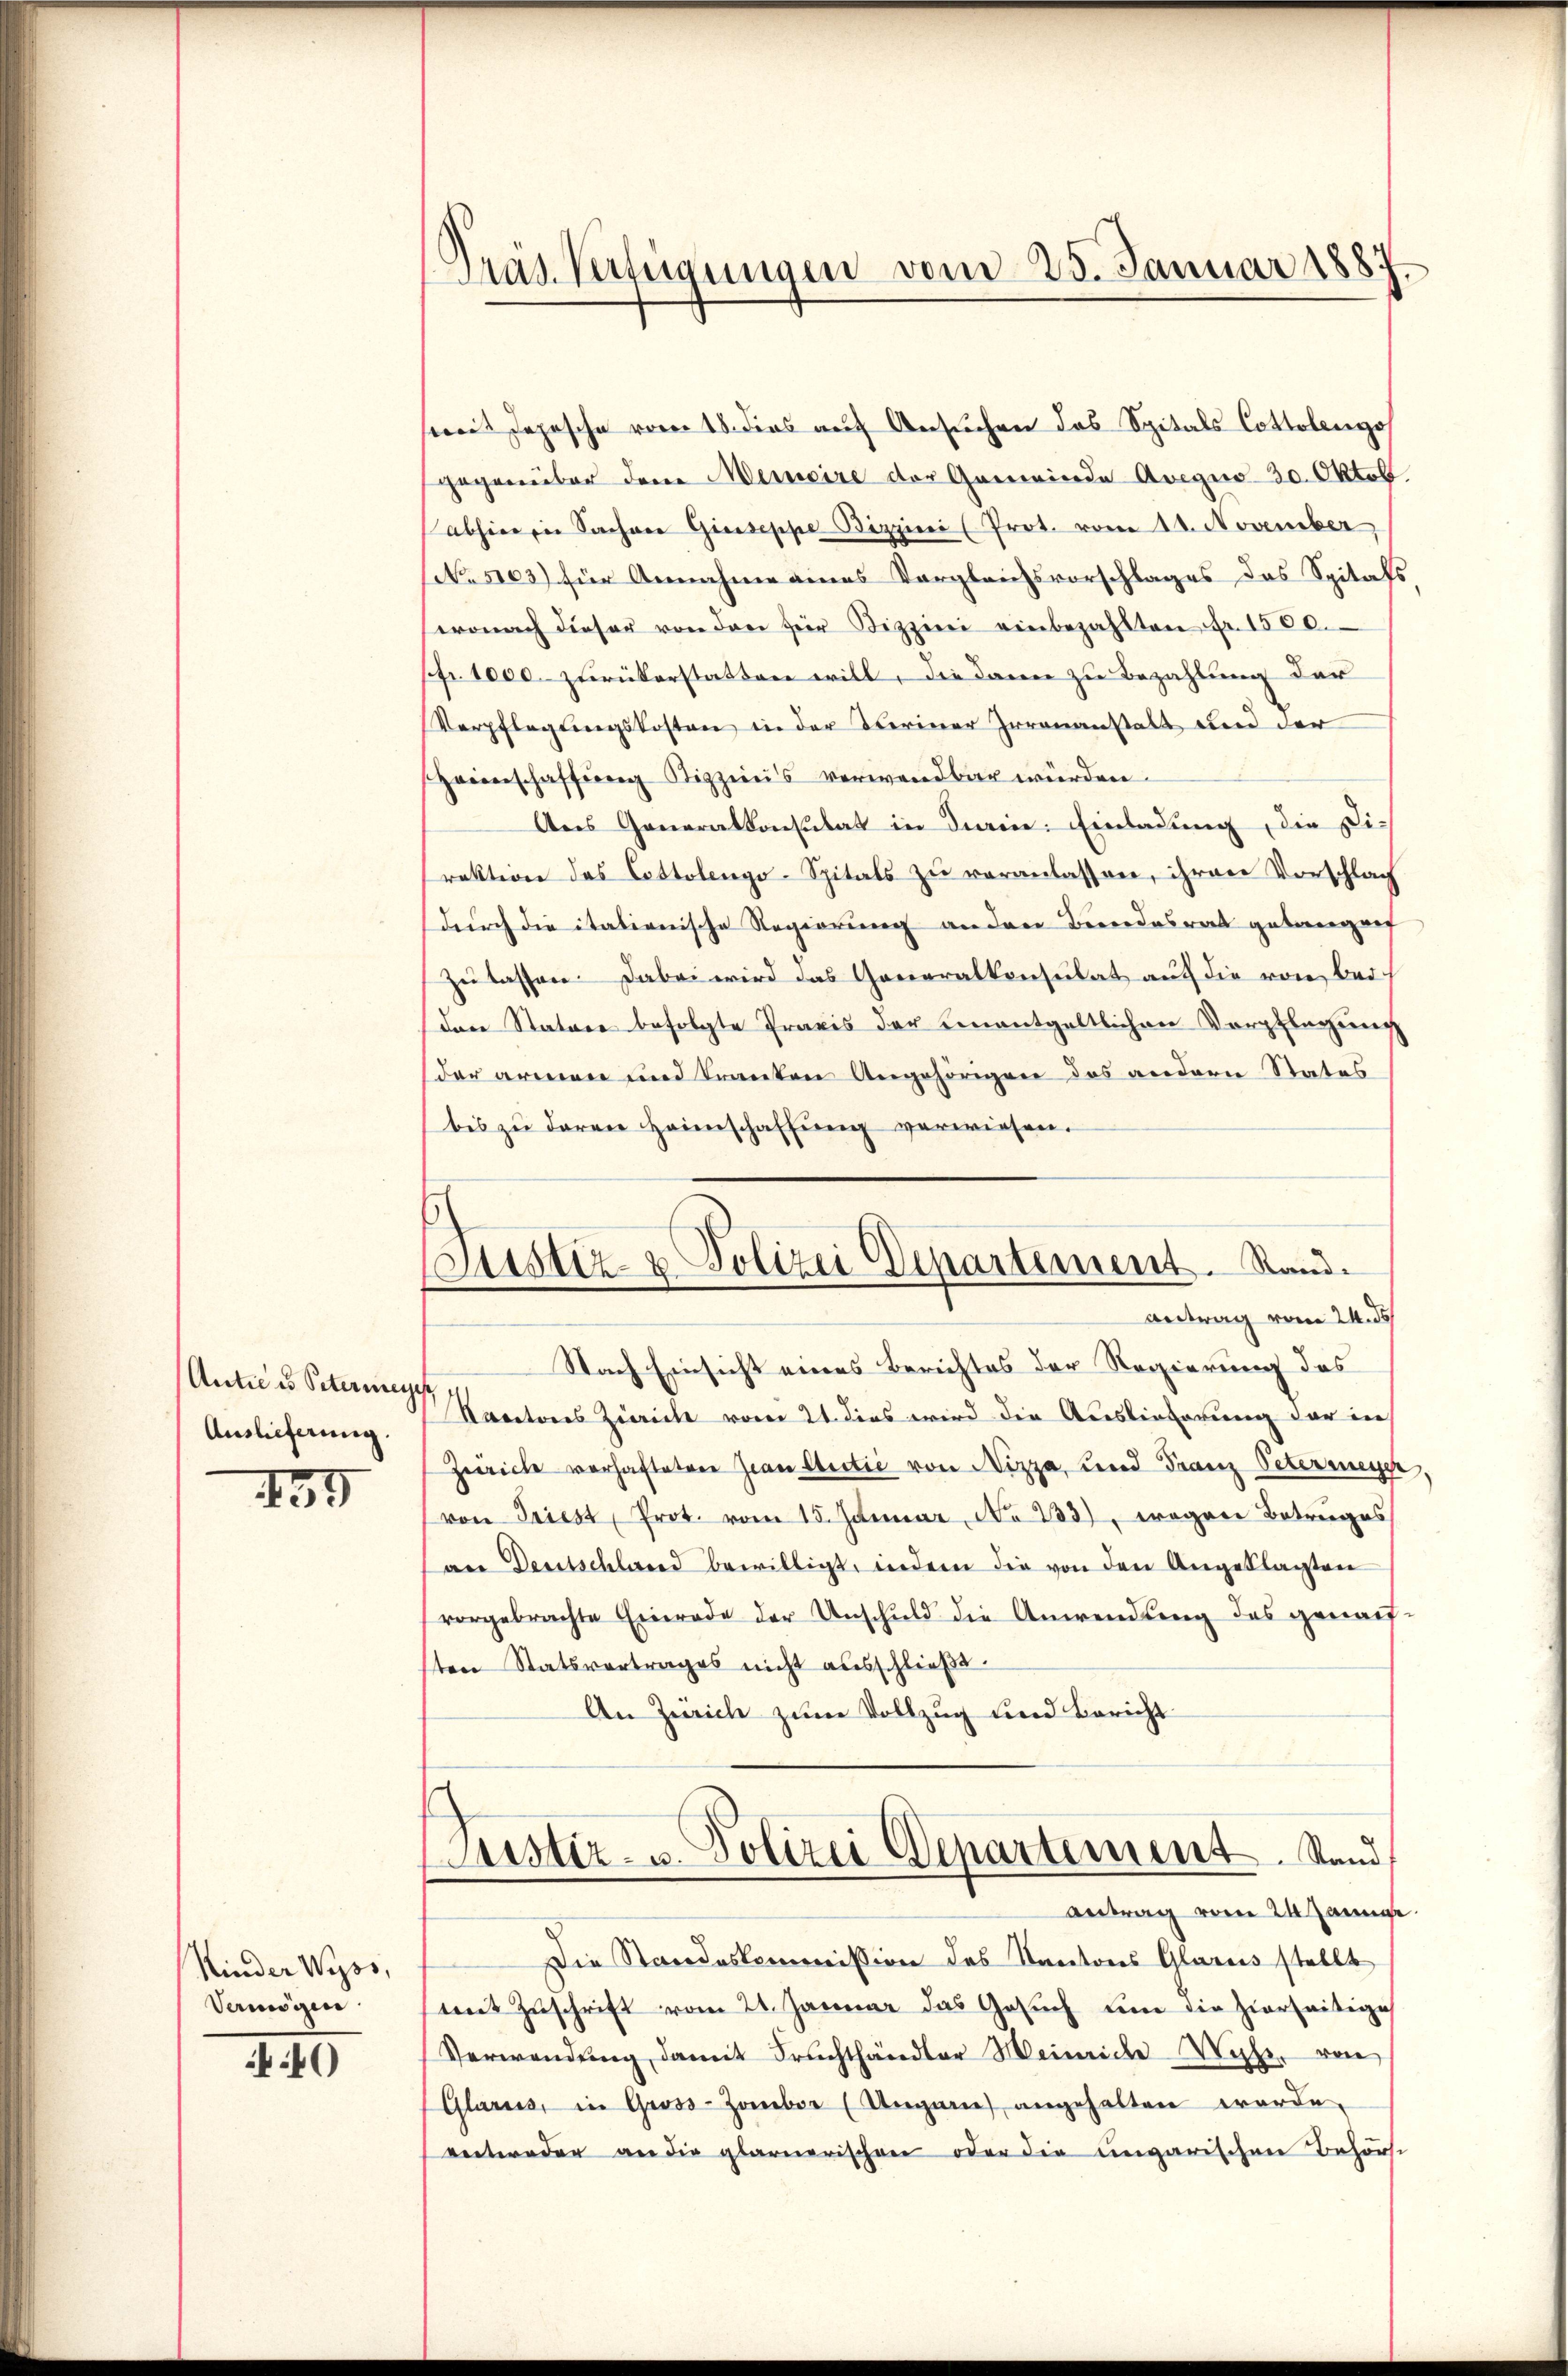
Anticus Petermeye
Auslieferung.

459

Kinder Wyss,
Vermögen

40

.
ras Verfügungen vom 25. Januar 188

seit Jahrsche vom 18. dies auf Ansuche das Spitals Cottolenzo
gegenüber dem Meincire der Gemeinde Avegio 30. Oktob.
abhieren Sachver Giuseppe Bizzieci (Prot. vom 14. November
(No 5103) für Annahme eines Vergleichsvorschlages des Spitals,
wonach dieser von den für Bizzini einbezahlten Fr. 1500.
pfr. 1000. zurückerstatten will, die dann zu Bezahlung der
Verpflegungskosten in der Weiner Irrenanstalt und der
Heimschaffŭng Sizziens verwendbar würden.
Ans Generalkonstat in deine: Einladung die Di-
rektion des Costolengo-Spitals zŭ veranlassen, ihren Vorschlag
durch die italienische Regierung an dere Beendesrat gelangenf
zulassen. Dabei wird das Generalkonsulat auf die von bei
(den Statore befolgte Praxis der einentgeltlichen Verpflegung
der armen und Tranten Angehörigen des andern Status
bis zu deren Heimschaffung verwiesen.
Nach Einsicht eines Berichtes der Regierung des
Kantons Zürich vom 21. dies wird die Auslieferung der in
Zeiche vorhafteten Jwan Sectić von Nizza, und Franz Petermeyer
von Triest, Prot. vom 15. Januar No 233), wegen Betruges
an Deutschland bewilligt, indem die von den Angeklagten
vorgebrachte Einrade der Unschuld die Anwendung des genauften Statsvertrages nicht ausschließe.
An Zürich zum Vollzug und Bericht
ustiz- u. Polizei Departement. Stand
Antrag vom 24 Jänne
Die Standeskommission des Kantons Glarus stellt
mit Zuschrift vom 21. Januar das Gesuch dem die hierseitige
Verwendŭng damit Fruchthändler Meinriche Wehr von
Glarus, in Gross-Zamber (Ungarn) angehalten worde.
veteroder an die glarnerischen oder die ungarischen Behörse

Justiz- & Polizei Departement. Stand.
antrag vom 24. ds